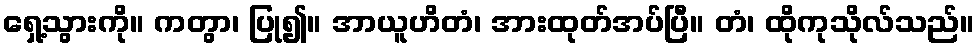
ရှေ့သွားကို။ ကတွာ၊ ပြု၍။ အာယူဟိတံ၊ အားထုတ်အပ်ပြီ။ တံ၊ ထိုကုသိုလ်သည်။